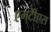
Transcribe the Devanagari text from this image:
एम्‌टीेएस